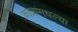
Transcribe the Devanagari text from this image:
काळांमधल्या